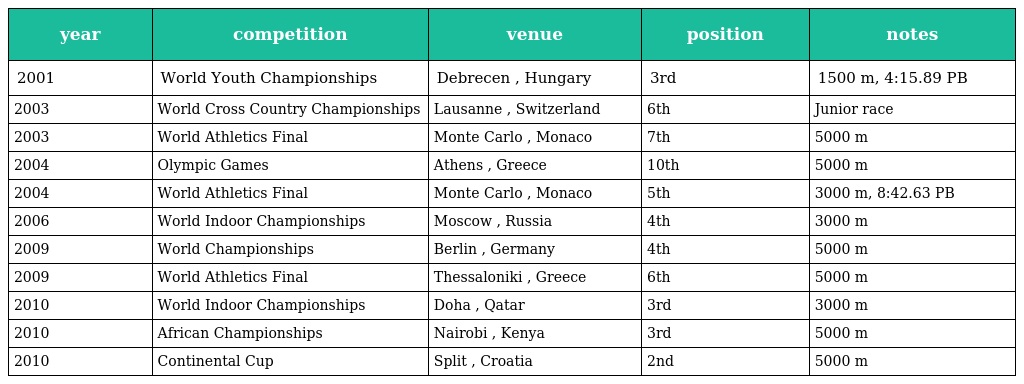
| year | competition | venue | position | notes |
 | --- | --- | --- | --- | --- |
 | 2001 | World Youth Championships | Debrecen , Hungary | 3rd | 1500 m, 4:15.89 PB |
 | 2003 | World Cross Country Championships | Lausanne , Switzerland | 6th | Junior race |
 | 2003 | World Athletics Final | Monte Carlo , Monaco | 7th | 5000 m |
 | 2004 | Olympic Games | Athens , Greece | 10th | 5000 m |
 | 2004 | World Athletics Final | Monte Carlo , Monaco | 5th | 3000 m, 8:42.63 PB |
 | 2006 | World Indoor Championships | Moscow , Russia | 4th | 3000 m |
 | 2009 | World Championships | Berlin , Germany | 4th | 5000 m |
 | 2009 | World Athletics Final | Thessaloniki , Greece | 6th | 5000 m |
 | 2010 | World Indoor Championships | Doha , Qatar | 3rd | 3000 m |
 | 2010 | African Championships | Nairobi , Kenya | 3rd | 5000 m |
 | 2010 | Continental Cup | Split , Croatia | 2nd | 5000 m |